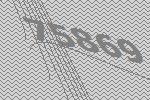
75869